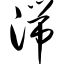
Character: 湍